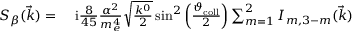
\begin{array} { r l } { { \cal S } _ { \beta } ( \vec { k } ) = } & { { } \ \mathrm { i } \frac { 8 } { 4 5 } \frac { \alpha ^ { 2 } } { m _ { e } ^ { 4 } } \sqrt { \frac { k ^ { 0 } } { 2 } } \sin ^ { 2 } \left( \frac { \vartheta _ { \mathrm { c o l l } } } { 2 } \right) \sum _ { m = 1 } ^ { 2 } { \cal I } _ { m , 3 - m } ( \vec { k } ) } \end{array}